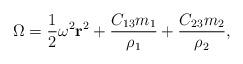
LaTeX: \begin{align*}\Omega = \frac{1}{2} \omega^2 {\bf r}^2 + \frac{C_{13}m_1}{\rho_1} + \frac{C_{23} m_2}{\rho_2},\end{align*}